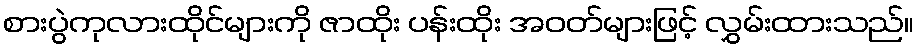
စားပွဲကုလားထိုင်များကို ဇာထိုး ပန်းထိုး အဝတ်များဖြင့် လွှမ်းထားသည်။